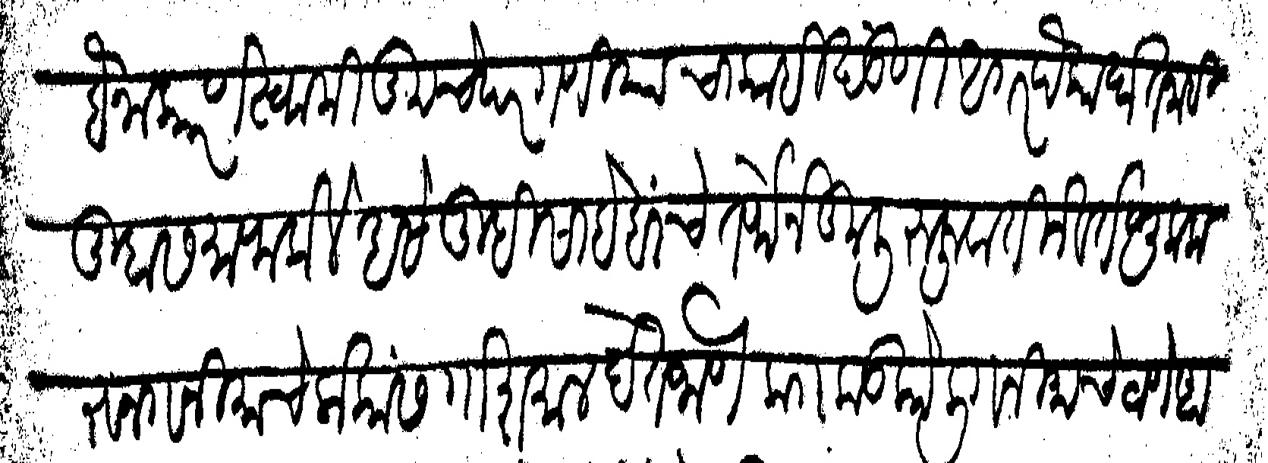
Transliteration (Devanagari): सबैना कारण स्वामी तुमचे परगणियाचा काही खंडणी अगर पैका घेत नाही तुम्हास माफ केले असे तुम्ही साहेबांचे तर्फेने कुली रूजुवातीने वर्तणूक करून गनिमाचे लोकांस गोशमाल देत जाणे का कडकोली गनिमाचे ठाणे आहे